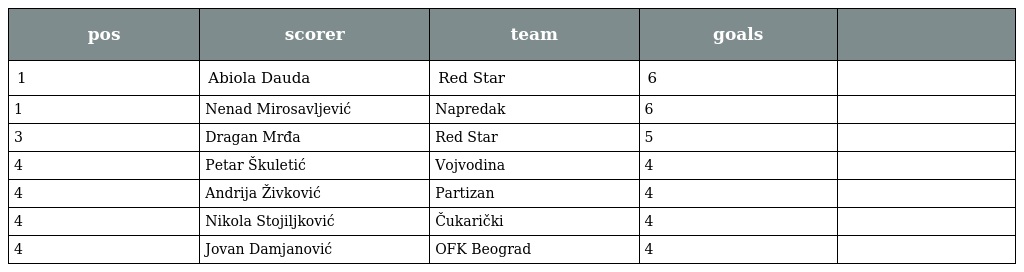
| pos | scorer | team | goals |  |
 | --- | --- | --- | --- | --- |
 | 1 | Abiola Dauda | Red Star | 6 |  |
 | 1 | Nenad Mirosavljević | Napredak | 6 |  |
 | 3 | Dragan Mrđa | Red Star | 5 |  |
 | 4 | Petar Škuletić | Vojvodina | 4 |  |
 | 4 | Andrija Živković | Partizan | 4 |  |
 | 4 | Nikola Stojiljković | Čukarički | 4 |  |
 | 4 | Jovan Damjanović | OFK Beograd | 4 |  |